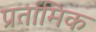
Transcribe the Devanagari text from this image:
प्रर्तामिक